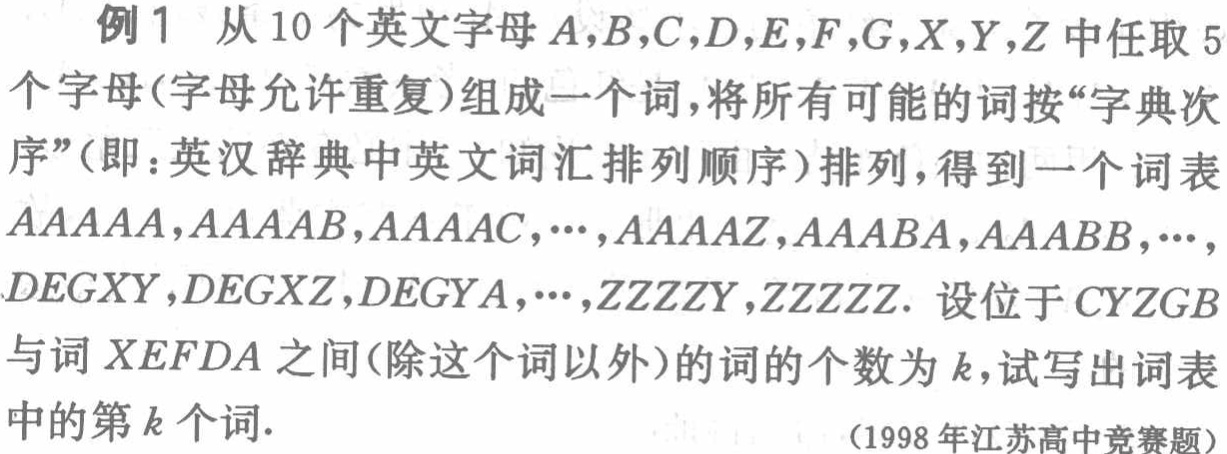
例1 从10个英文字母\(A,B,C,D,E,F,G,X,Y,Z\)中任取5个字母(字母允许重复)组成一个词,将所有可能的词按“字典次序”(即：英汉辞典中英文词汇排列顺序)排列,得到一个词表\(AAAAA,AA AAB,AA AAC,\cdots,AAAAZ,AAABA,AAABB,\cdots,DEGXY,DEGXZ,DEGYA,\cdots,ZZZZY,ZZZZZ\). 设位于\(CYZGB\)与词\(XE FDA\)之间(除这个词以外)的词的个数为\(k\),试写出词表中的第\(k\)个词.

(1998年江苏高中竞赛题)